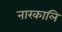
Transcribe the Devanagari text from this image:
नारकालि